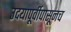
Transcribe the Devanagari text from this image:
उदयापूर्वीपासूनच